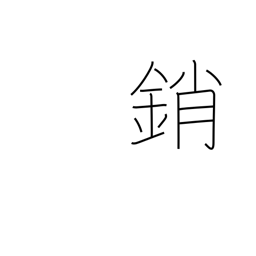
Meaning: shut (door)